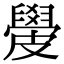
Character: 𥀣